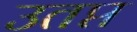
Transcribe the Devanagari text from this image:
उतप्त